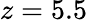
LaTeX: z=5.5